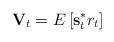
LaTeX: \begin{align*} \mathbf{V}_{t} = E \left[\mathbf{s}_{t}^{*} r_{t}\right]\end{align*}